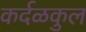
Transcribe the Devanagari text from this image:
कर्दळकुल